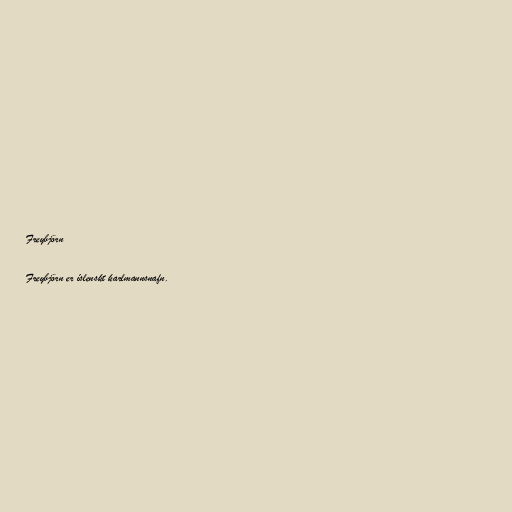
Freybjörn

Freybjörn er íslenskt karlmannsnafn.